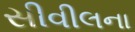
સીવીલના